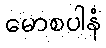
မောစပါနံ